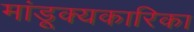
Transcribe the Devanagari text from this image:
मांडूक्यकारिका